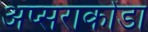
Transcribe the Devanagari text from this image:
अप्सराकोंडा